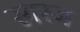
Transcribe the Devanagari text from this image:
रगरज